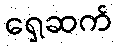
ရှေ့ဆက်